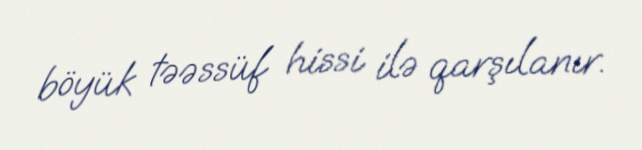
böyük təəssüf hissi ilə qarşılanır.